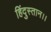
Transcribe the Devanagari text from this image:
हिंदुस्तान।।